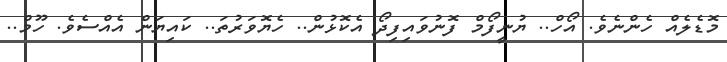
މޮޑެލެއް ހެންނެވެ. އޯހް.. ޔުނީފޯމް ފޮނުވައިފިދޯ އެކޮޅުން.. ހެޔޮވަރުތަ.. ކައިޔަން އެއްސެވެ. ހޫމް..